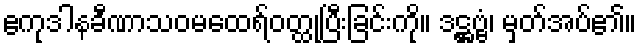
ဧကုဒါနခီဏာသဝမထေရ်ဝတ္ထုပြီးခြင်းကို။ ဒဋ္ဌဗ္ဗံ၊ မှတ်အပ်၏။